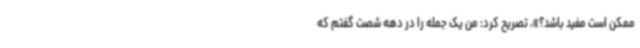
ممکن است مفید باشد؟»، تصریح کرد: من یک جمله را در دهه شصت گفتم که